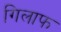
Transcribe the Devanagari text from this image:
गिलाफ